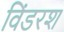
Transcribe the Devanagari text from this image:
विंडरश